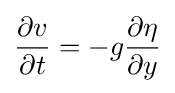
{\frac {\partial v}{\partial t}}=-g{\frac {\partial \eta }{\partial y}}